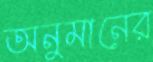
অনুমানের